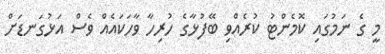
މީ ގެ ނަމުގައި ކޮމެންޓު ކުރެއްވި ބޭފުޅާގެ ހުރިހާ ވާހަކައެއް ވެސް އަޅުގަނޑަށް